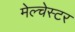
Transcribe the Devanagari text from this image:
मेल्चेस्टर